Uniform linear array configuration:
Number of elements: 4
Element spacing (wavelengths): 0.75
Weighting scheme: cosine
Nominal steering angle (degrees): -60
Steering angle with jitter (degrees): -59.235
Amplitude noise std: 0.05
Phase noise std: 0.05

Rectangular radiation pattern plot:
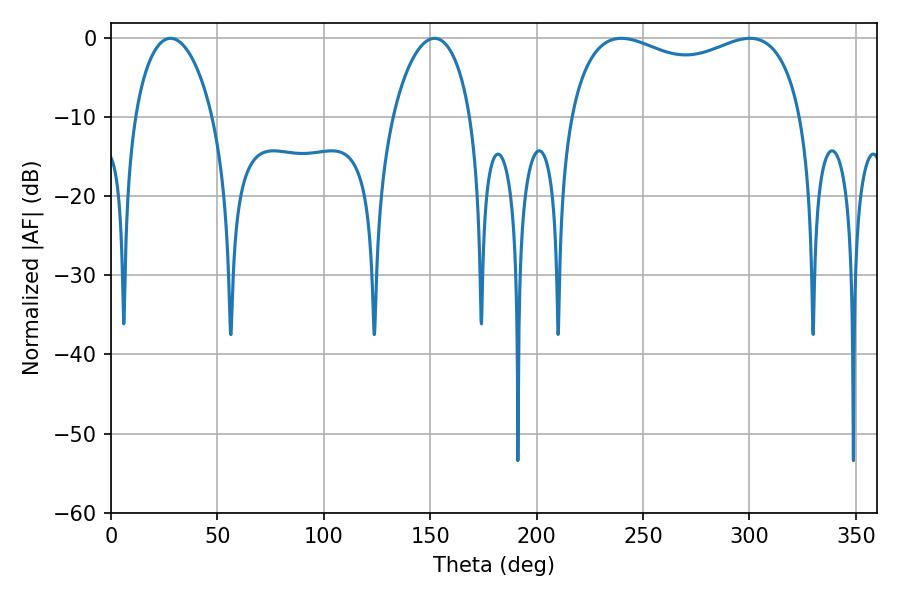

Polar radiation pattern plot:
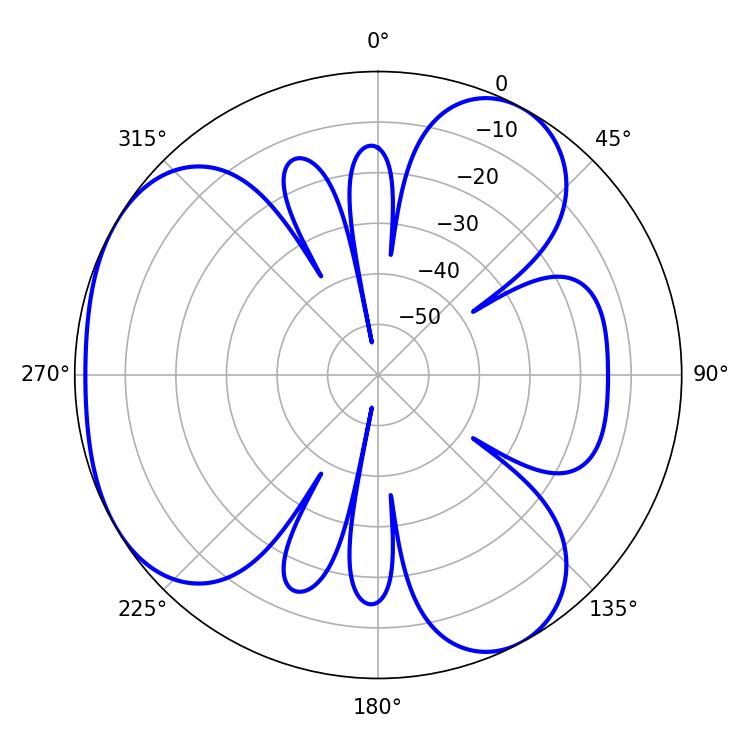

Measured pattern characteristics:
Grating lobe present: TRUE
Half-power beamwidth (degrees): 90.36
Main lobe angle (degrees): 239.76